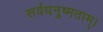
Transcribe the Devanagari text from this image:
सर्वधनुष्मताम्‌।